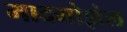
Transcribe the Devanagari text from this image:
मादमोझेल